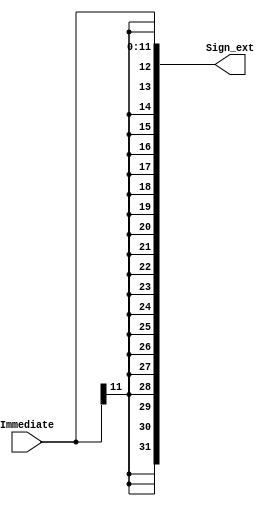
module Sign_extension(
input [11:0] Immediate,                         // 12 bit input to be sign extended for load-store
//input [19:0] Immediate20,                 // 20 bit input to be sign extended for jal  
output reg [31:0] Sign_ext                  // 32 bit sign extended output for load-store
//output reg [31:0] Sign_ext_jump      // 32 bit sign extended output for jal
);

always @(Immediate)
begin

Sign_ext[31:0]<={{20{Immediate[11]}},Immediate[11:0]}; // 20 bits to be extendend for 12 bits input, load-store

end

//always @(Immediate20)
//begin

//Sign_ext_jump[31:0]<={{12{Immediate20[19]}},Immediate20[19:0]}; // 12 bits to be extendend for 20 bits input, jal

//end

endmodule